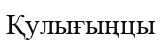
Қулығыңцы